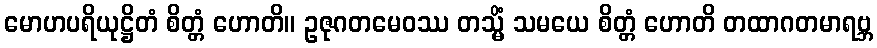
မောဟပရိယုဋ္ဌိတံ စိတ္တံ ဟောတိ။ ဥဇုဂတမေဝဿ တသ္မိံ သမယေ စိတ္တံ ဟောတိ တထာဂတမာရဗ္ဘ